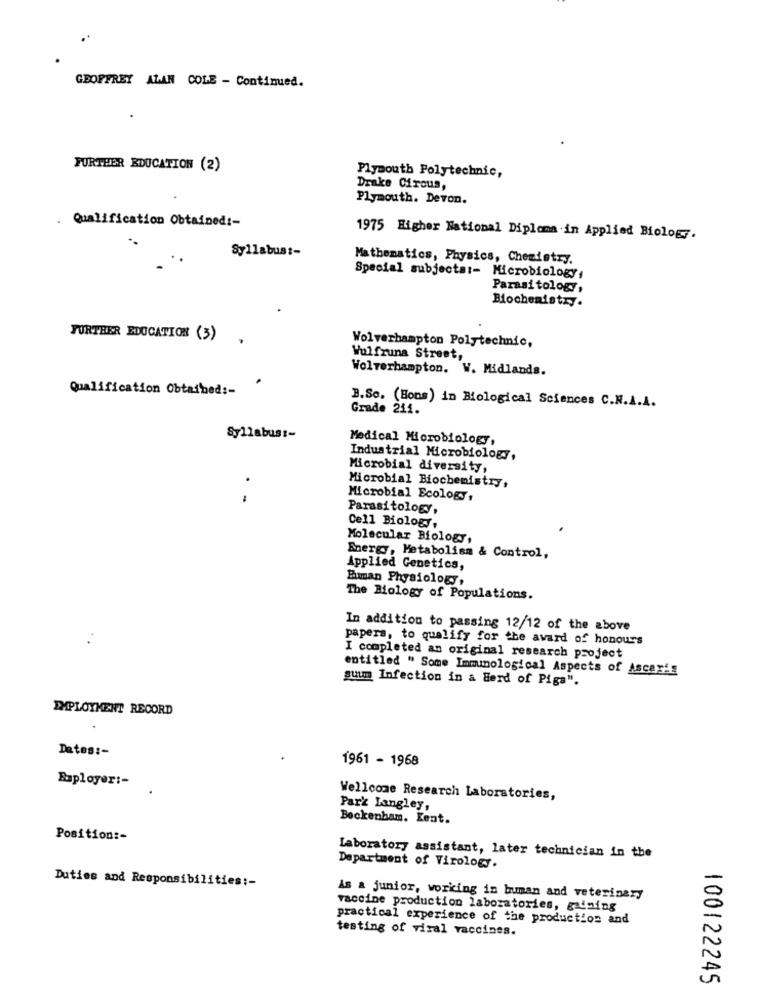
GEOFFREY ALAN COLE - Continued.
FURTHER EDUCATION (2)
Plymouth Polytechnic,
Drake Circus,
Plymouth. Devon.
Qualification Obtained :-
1975 Higher National Diploma in Applied Biology.
Syllabus :-
Mathematics, Physics, Chemistry.
Special subjects :- Microbiology,
Parasitology,
Biochemistry.
FURTHER EDUCATION (3)
Wolverhampton Polytechnic,
Wulfruna Street,
Wolverhampton. W. Midlands.
Qualification Obtained :-
B.Sc. (Bons) in Biological Sciences C.N.A.A.
Grade 211.
Syllabus :-
Medical Microbiology,
Industrial Microbiology,
Microbial diversity,
Microbial Biochemistry,
Microbial Ecology,
Parasitology,
Cell Biology,
Molecular Biology,
Energy, Metabolism & Control,
Applied Genetics,
Euman Physiology,
The Biology of Populations.
In addition to passing 12/12 of the above
papers, to qualify for the award of honours
I completed an original research project
entitled " Some Immunological Aspects of Ascaris
suum Infection in a Herd of Pigs".
EMPLOYMENT RECORD
Dates :-
1961 - 1968
Baployer :-
Wellcome Research Laboratories,
Parz Langley,
Beckenham. Kent.
Position :-
Laboratory assistant, later technician in the
Department of Virology.
Duties and Responsibilities :-
As a junior, working in buman and veterinary
vaccine production laboratories, gaining
practical experience of the production and
testing of viral vaccines.
100122245